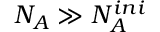
N _ { A } \gg N _ { A } ^ { i n i }